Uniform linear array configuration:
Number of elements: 16
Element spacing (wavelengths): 0.75
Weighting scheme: binomial
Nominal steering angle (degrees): -60
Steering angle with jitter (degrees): -59.645
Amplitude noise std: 0.05
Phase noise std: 0.05

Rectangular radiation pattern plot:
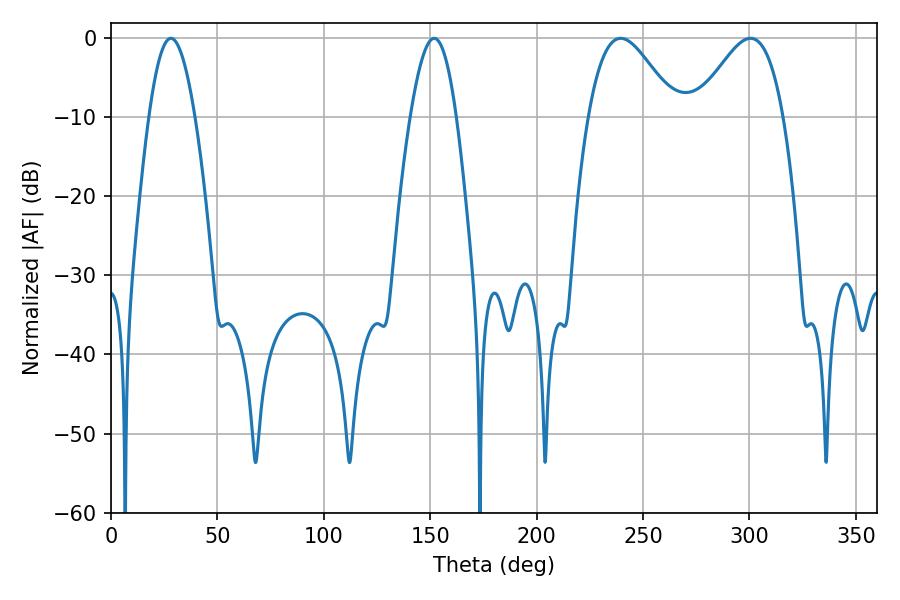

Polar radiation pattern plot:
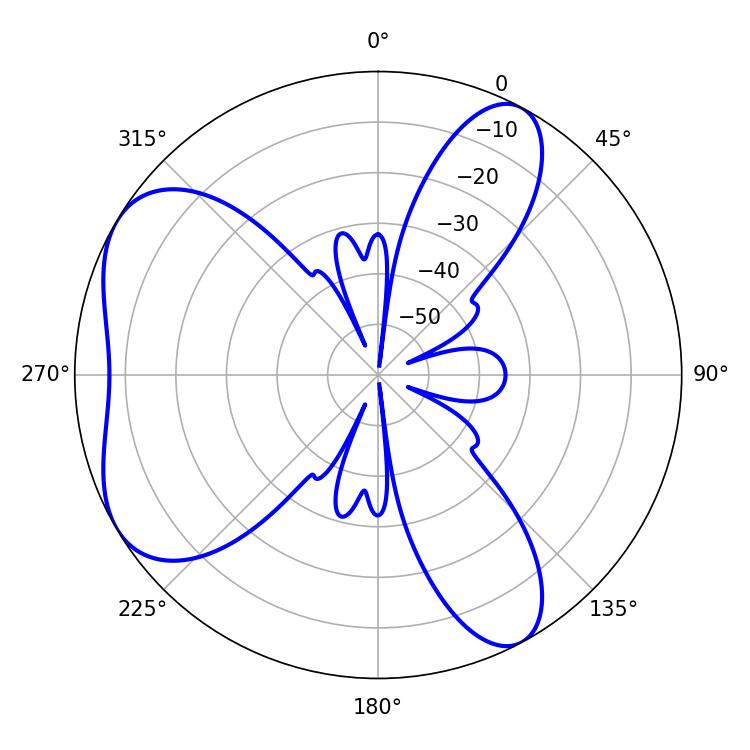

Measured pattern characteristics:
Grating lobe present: TRUE
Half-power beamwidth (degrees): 21.96
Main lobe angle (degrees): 239.58